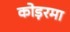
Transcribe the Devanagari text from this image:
कोड़रमा